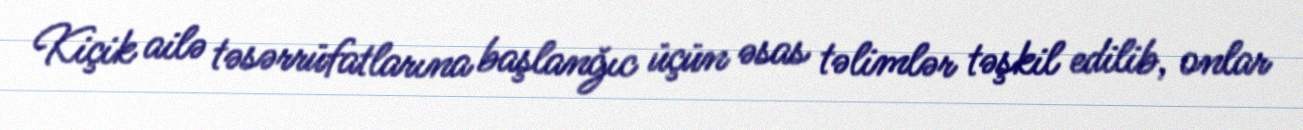
Kiçik ailə təsərrüfatlarına başlanğıc üçün əsas təlimlər təşkil edilib, onlar